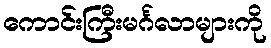
ကောင်းကြီးမင်္ဂလာများကို